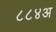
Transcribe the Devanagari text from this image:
८८४अ